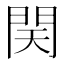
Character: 𨳨